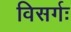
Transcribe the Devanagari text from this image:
विसर्गः